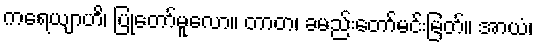
ကရေယျာဟိ၊ ပြုတော်မူလော။ တာတ၊ ခမည်းတော်မင်းမြတ်။ အာယံ၊